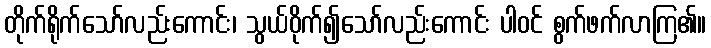
တိုက်ရိုက်သော်လည်းကောင်း၊ သွယ်ဝိုက်၍သော်လည်းကောင်း ပါဝင် စွက်ဖက်လာကြ၏။